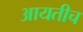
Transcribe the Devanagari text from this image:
आयतीच